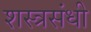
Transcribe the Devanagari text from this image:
शस्त्रसंधी